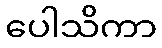
ပေါသိကာ